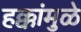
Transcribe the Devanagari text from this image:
हक्कांमुळे